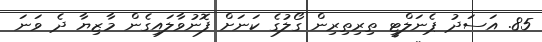
85. އަސަދު ޕެނަލްޓީ ތިރިތިރިން ގޯލުގެ ކަނަށް ފޮނުވާލައިގެން މާޒިޔާ ދެ ވަނަ